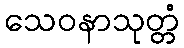
သေဝနာသုတ္တံ